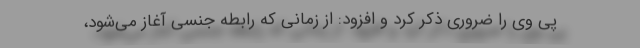
پی وی را ضروری ذکر کرد و افزود: از زمانی که رابطه جنسی آغاز می‌شود،